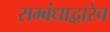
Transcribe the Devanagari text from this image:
सम्बंधाद्वारेच